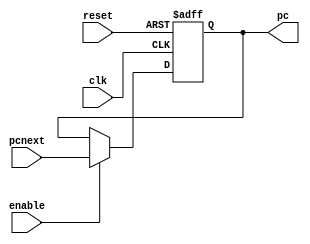
`timescale 1ns / 1ps
//////////////////////////////////////////////////////////////////////////////////
// Company: 
// Engineer: 
// 
// Design Name: 
// Module Name: pc
// Project Name: 
// Target Devices: 
// Tool Versions: 
// Description: 
// 
// Dependencies: 
// 
// Revision:
// Revision 0.01 - File Created
// Additional Comments:
// 
//////////////////////////////////////////////////////////////////////////////////

// pc trigger
module pc (clk,reset,enable,pcnext,pc);
	input wire [0:0]  clk;
	input wire [0:0]  reset;
	input wire [0:0]  enable;
	input wire [31:0] pcnext;
	output reg [31:0] pc;

	always @ (posedge clk or posedge reset) 
	begin
		if(reset)
		begin
			pc <= 32'hbfc00000;
		end
		else if(enable)
		begin
			pc <= pcnext;
		end
	end
endmodule

// flopr : simple D trigger  
module flopr #(parameter WIDTH = 4)(clk,reset,dnext,dnow);
	input wire             clk;
	input wire             reset;
	input wire [WIDTH-1:0] dnext;
	output reg [WIDTH-1:0] dnow;

	always @ (posedge clk or posedge reset) 
	begin
		if(reset) 
		begin
			dnow <= 0;
		end 
		else 
		begin
			dnow <= dnext;
		end
	end

endmodule

// floprc : include the clear signal(Pipeline Clearance Signal) 
module floprc #(parameter WIDTH = 4)(clk,reset,clear,dnext,dnow);
	input wire             clk;
	input wire             reset;
	input wire			   clear;
	input wire [WIDTH-1:0] dnext;
	output reg [WIDTH-1:0] dnow;

	always @ (posedge clk or posedge reset) 
	begin
		if(reset) 
		begin
			dnow <= 0;
		end
		else if(clear)
		begin
			dnow <= 0;
		end 
		else 
		begin
			dnow <= dnext;
		end
	end

endmodule

//floenr : include enable signal
module flopenr #(parameter WIDTH = 4)(clk,reset,enable,dnext,dnow);
	input wire             clk;
	input wire             reset;
	input wire			   enable;
	input wire [WIDTH-1:0] dnext;
	output reg [WIDTH-1:0] dnow;

	always @ (posedge clk or posedge reset) 
	begin
		// if(enable)
		// begin
		// 	if(reset) 
		// 	begin
		// 		dnow <= 0;
		// 	end
		// 	else 
		// 	begin
		// 		dnow <= dnext;
		// 	end
		// end
		if(reset)
		begin
			dnow <= 0;
		end
		else if(enable)
		begin
			dnow <= dnext;
		end
	end

endmodule

//flopenrc : include enable and clear signal
module flopenrc #(parameter WIDTH = 4)(clk,reset,enable,clear,dnext,dnow);
	input wire             clk;
	input wire             reset;
	input wire			   enable;
	input wire			   clear;
	input wire [WIDTH-1:0] dnext;
	output reg [WIDTH-1:0] dnow;

	always @ (posedge clk or posedge reset) 
	begin
		// if(enable)
		// begin
		// 	if(reset) 
		// 	begin
		// 		dnow <= 0;
		// 	end
		// 	else if(clear)
		// 	begin
		// 		dnow <= 0;
		// 	end
		// 	else 
		// 	begin
		// 		dnow <= dnext;
		// 	end
		// end
		if(reset)
		begin
			dnow <= 0;
		end
		else if(clear)
		begin
			dnow <= 0;
		end
		else if(enable)
		begin
			dnow <= dnext;
		end
	end

endmodule